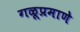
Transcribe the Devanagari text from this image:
गळूप्रमाणे